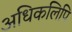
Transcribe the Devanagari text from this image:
अधिकलिपि